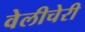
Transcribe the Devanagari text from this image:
वेलीचेरी